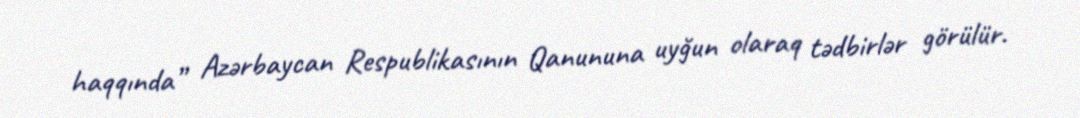
haqqında” Azərbaycan Respublikasının Qanununa uyğun olaraq tədbirlər görülür.